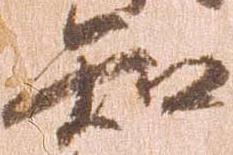
知